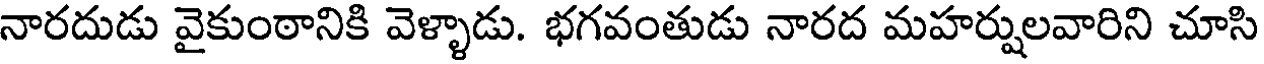
నారదుడు వైకుంఠానికి వెళ్ళాడు. భగవంతుడు నారద మహర్షులవారిని చూసి